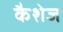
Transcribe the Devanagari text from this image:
कैशेज